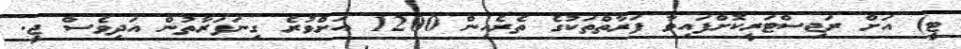
ޓީ) އަށް ރަޖިސްޓަރީކޮށްފައިވާ ފަރާތްތަކުގެ ތެރެއިން 1200 އަށްވުރެ ގިނަފަރާތުން އަދިވެސް ޖީ.